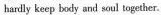
hardly keep body and soul together.